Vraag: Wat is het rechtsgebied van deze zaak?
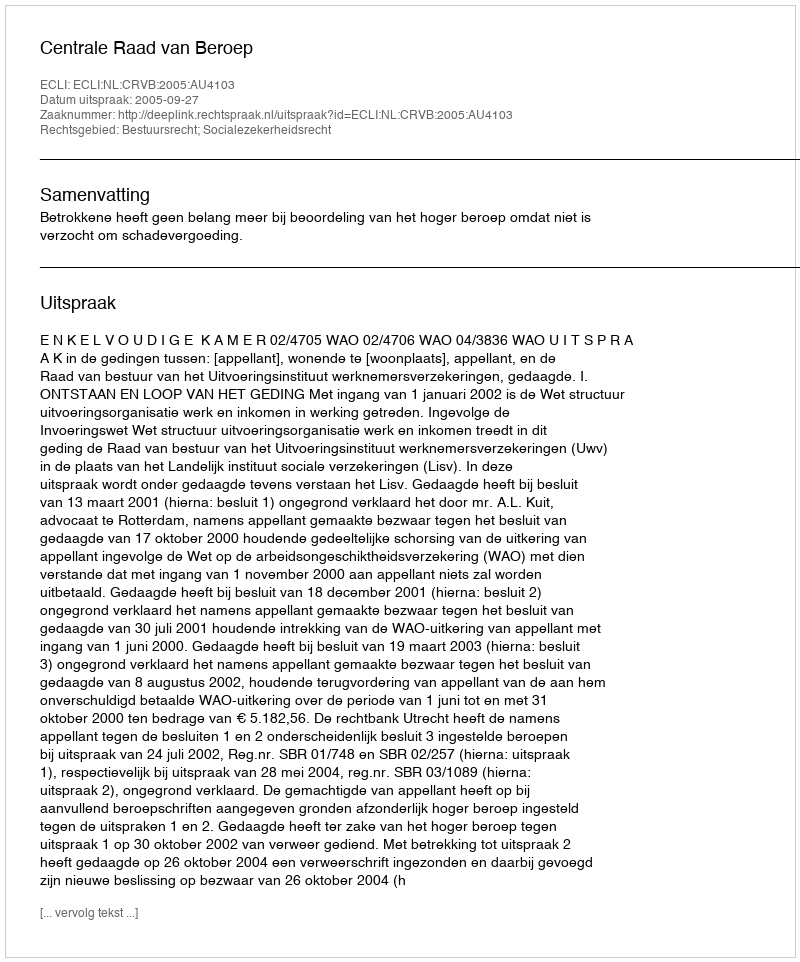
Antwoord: Bestuursrecht; Socialezekerheidsrecht